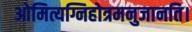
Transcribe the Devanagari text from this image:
ओमित्यग्निहोत्रमनुजानति।